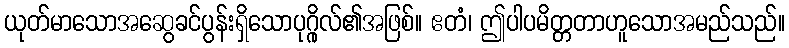
ယုတ်မာသောအဆွေခင်ပွန်းရှိသောပုဂ္ဂိုလ်၏အဖြစ်။ ဧတံ၊ ဤပါပမိတ္တတာဟူသောအမည်သည်။